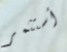
أستثمر